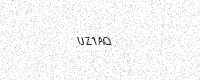
Text: UZ1AQ